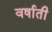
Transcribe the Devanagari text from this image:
वर्षाती